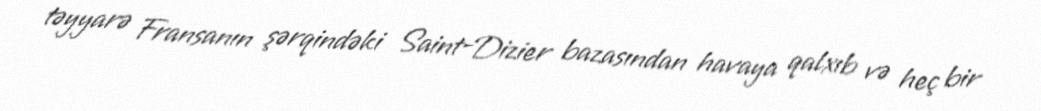
təyyarə Fransanın şərqindəki Saint-Dizier bazasından havaya qalxıb və heç bir